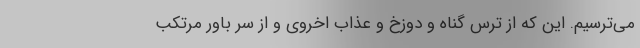
می‌ترسیم. این که از ترس گناه و دوزخ و عذاب اخروی و از سر باور مرتکب